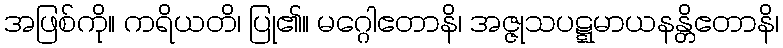
အဖြစ်ကို။ ကရိယတိ၊ ပြု၏။ မဂ္ဂေါဧတာနိ၊ အဇ္ဇုသပဋ္ဋမာယနန္တိဧတာနိ၊